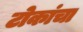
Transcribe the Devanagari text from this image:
टोकांचा